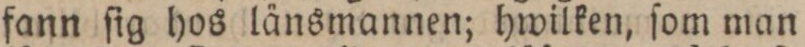
fann ſig hos länsmannen; hwilken, ſom man